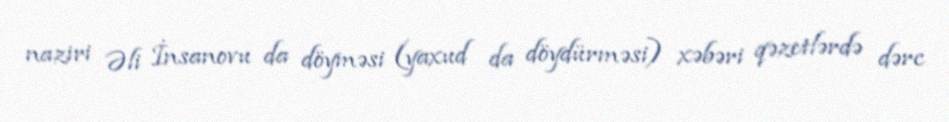
naziri Əli İnsanovu da döyməsi (yaxud da döydürməsi) xəbəri qəzetlərdə dərc